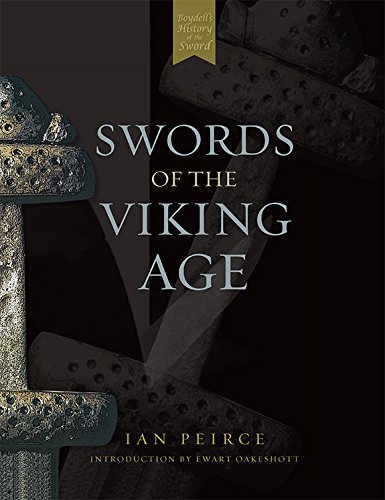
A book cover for Swords of the Viking Age; Ian Peirce; History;